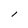
Character: l